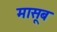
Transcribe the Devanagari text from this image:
मासूब